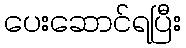
ပေးဆောင်ရပြီး